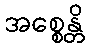
အစ္စေန္တိ